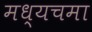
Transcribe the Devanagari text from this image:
मध्यचमा